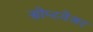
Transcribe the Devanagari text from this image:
सोप्टवेअर